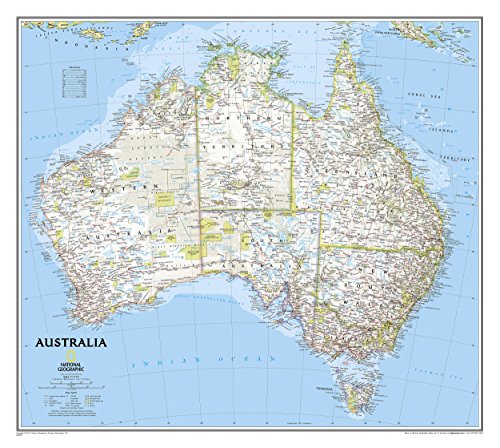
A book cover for Australia Classic [Tubed] (National Geographic Reference Map); National Geographic Maps - Reference; Travel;